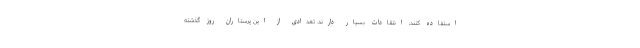
استفاده کنند، انتقادات بسیار دارند. تعدادی از این پرستاران روز گذشته